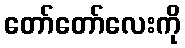
တော်တော်လေးကို